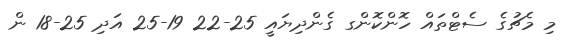
މި މެޗުގެ ސެޓްތައް ހޮންކޮންގ ގެންދިޔައީ 25-22 19-25 އަދި 25-18 ން